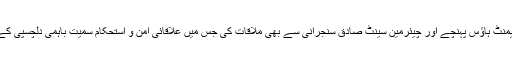
جنرل (ر) راحیل شریف پارلیمنٹ ہاؤس پہنچے اور چیئرمین سینٹ صادق سنجرانی سے بھی ملاقات کی جس میں علاقائی امن و استحکام سمیت باہمی دلچسپی کے امور پر تبادلہ خیال کیا گیا۔